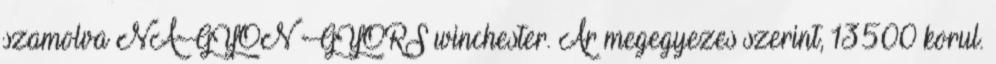
szamolva NAGYON GYORS winchester. Ar megegyezes szerint, 13500 korul.